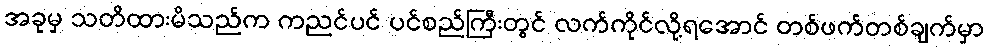
အခုမှ သတိထားမိသည်က ကညင်ပင် ပင်စည်ကြီးတွင် လက်ကိုင်လို့ရအောင် တစ်ဖက်တစ်ချက်မှာ